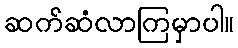
ဆက်ဆံလာကြမှာပါ။